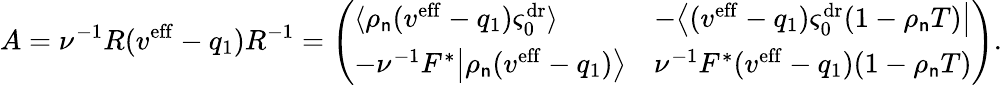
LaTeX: A=\nu^{-1}R(v^{\mathrm{eff}}-q_{1})R^{-1}=\left(\begin{array}{ll}{\langle\rho_{\mathsf{n}}(v^{\mathrm{eff}}-q_{1})\varsigma_{0}^{\mathrm{dr}}\rangle}&{-\big\langle(v^{\mathrm{eff}}-q_{1})\varsigma_{0}^{\mathrm{dr}}(1-\rho_{\mathsf{n}}T)\big|}\\ {-\nu^{-1}F^{*}\big|\rho_{\mathsf{n}}(v^{\mathrm{eff}}-q_{1})\big\rangle}&{\nu^{-1}F^{*}(v^{\mathrm{eff}}-q_{1})(1-\rho_{\mathsf{n}}T)}\end{array}\right).